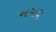
અગાધ